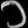
Digit: ၁